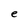
Character: e